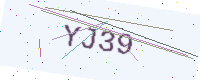
Text: YJ39